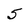
Character: 5